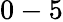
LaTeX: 0-5